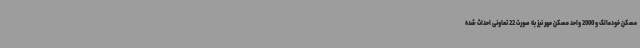
مسکن خودمالک و 2000 واحد مسکن مهر نیز به صورت 22 تعاونی احداث شده